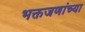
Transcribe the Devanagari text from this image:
भक्तजणांच्या